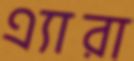
এ্যারা